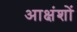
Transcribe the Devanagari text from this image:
आक्षंशों